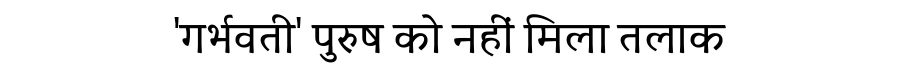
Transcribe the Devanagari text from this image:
'गर्भवती' पुरुष को नहीं मिला तलाक